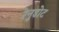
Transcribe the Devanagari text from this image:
रेनुडोट